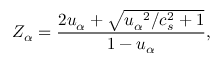
Z _ { \alpha } = \frac { 2 u _ { \alpha } + \sqrt { { u _ { \alpha } } ^ { 2 } / c _ { s } ^ { 2 } + 1 } } { 1 - u _ { \alpha } } ,